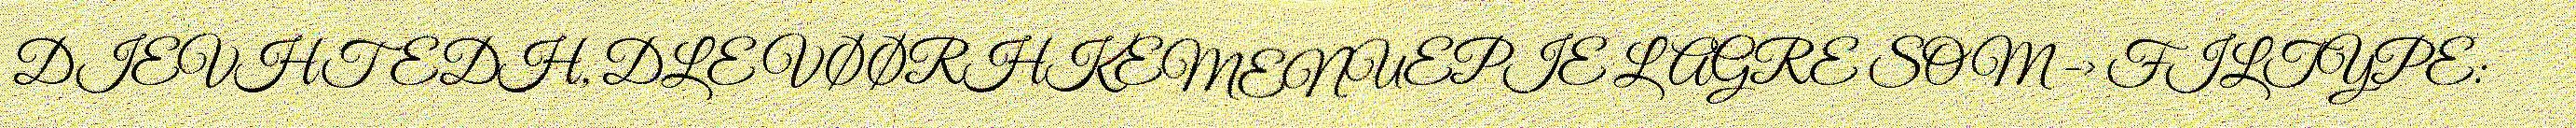
DIEVHTEDH, DLE VØØRHKEMENUEPIE LAGRE SOM -> FILTYPE: